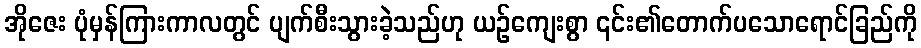
အိုဇေး ပုံမှန်ကြားကာလတွင် ပျက်စီးသွားခဲ့သည်ဟု ယဉ်ကျေးစွာ ၎င်း၏တောက်ပသောရောင်ခြည်ကို